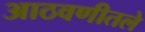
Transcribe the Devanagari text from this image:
आठवणीतले